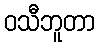
ဝသီဘူတာ